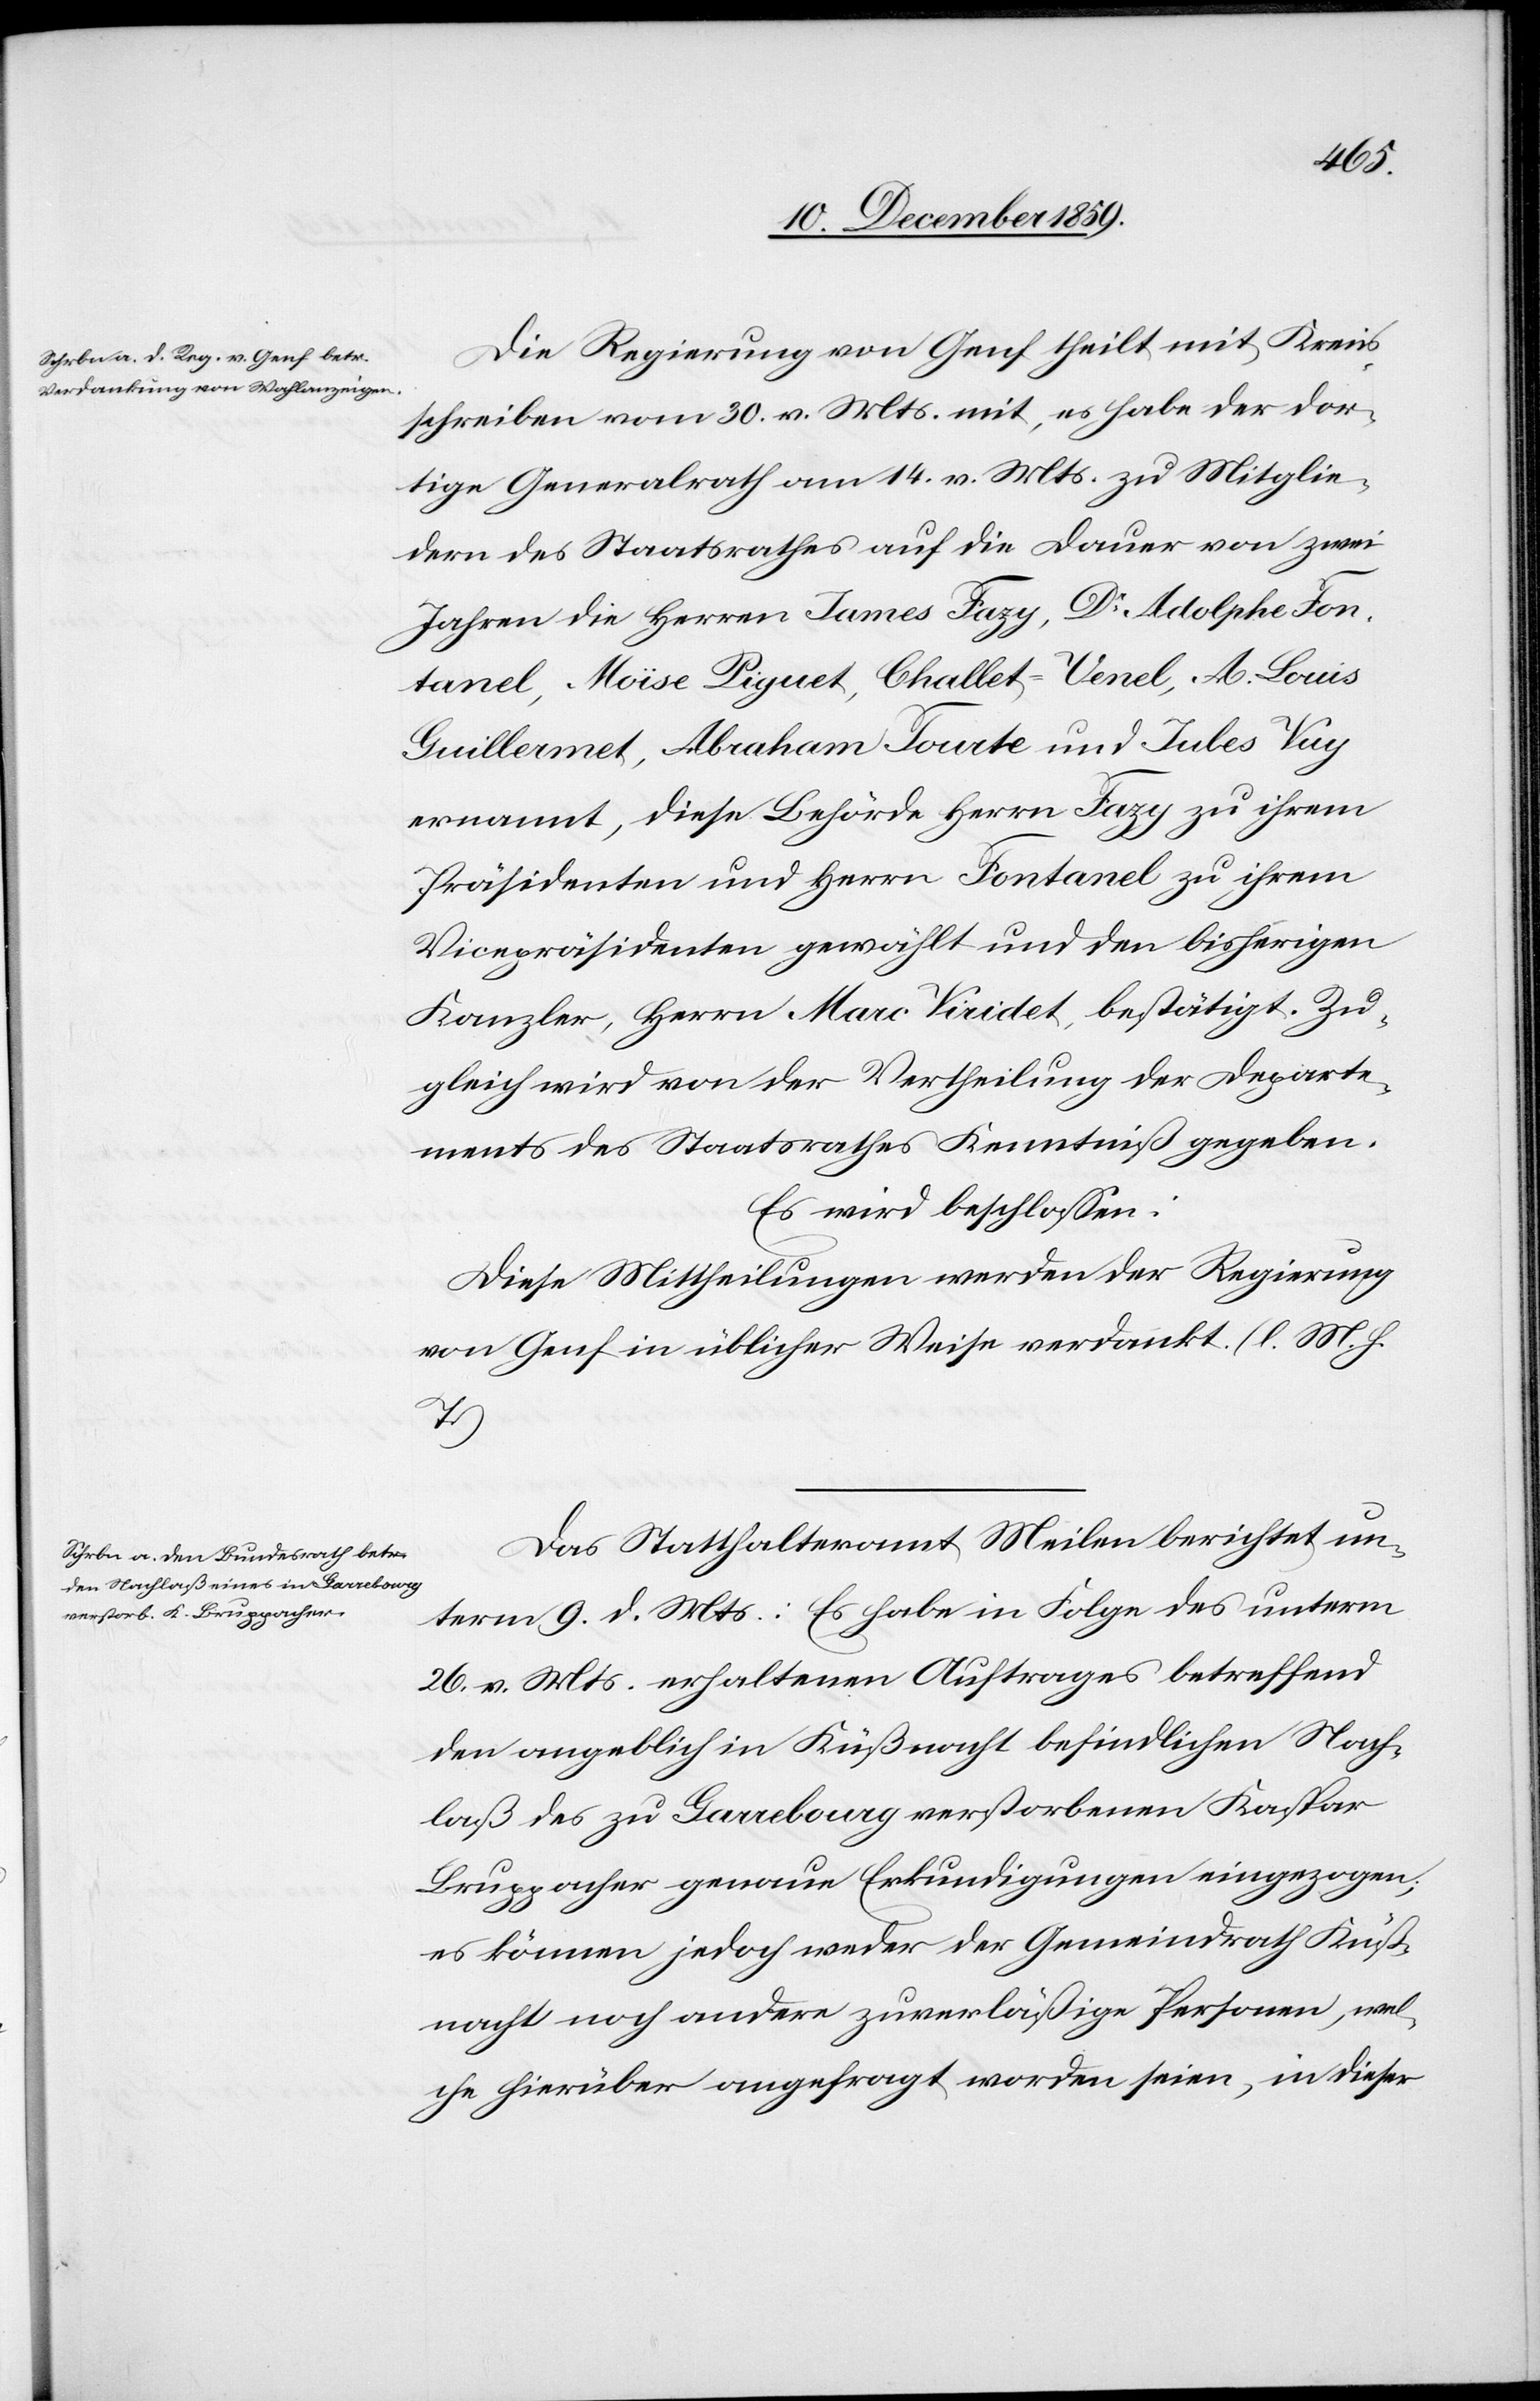
Die Regierung von Genf theilt mit Kreis¬
schreiben vom 30. v. Mts. Mittheilung, es habe der dor¬
tige Generalrath am 14. v. Mts. zu Mitglie¬
dern des Staatsrathes auf die Dauer von zwei
Jahren die Herren James Fazy, Dr Adolphe Fon¬
tanel, Moise Piguet, Challet-Venel, A. Louis
Guillermet, Abraham Tourte und Jules Vuy
ernannt, diese Behörde Herrn Fazy zu ihrem
Präsidenten und Herrn Fontanel zu ihrem
Vicepräsidenten gewählt und den bisherigen
Kanzler, Herrn Marc Vicidet, bestätigt. Zu¬
gleich wird von der Vertheilung der Departe¬
ments des Staatsrathes Kenntniß gegeben.
Es wird beschlossen:
Diese Mittheilungen werden der Regierung
von Genf in üblicher Weise verdankt. (l. M. h.
T.)
Das Statthalteramt Meilen berichtet un¬
term 9. d. Mts.: Es habe in Folge des unterm
26. v. Mts. erhaltenen Auftrages betreffend
den angeblich in Küßnacht befindlichen Nach¬
laß des zu Garrebourg verstorbenen Kaspar
Bruggacher genaue Erkundigungen eingezogen;
es können jedoch weder der Gemeinderath Küß¬
nacht noch andere zuverläßige Personen, wel¬
che hierüber angefragt worden seien, in dieser